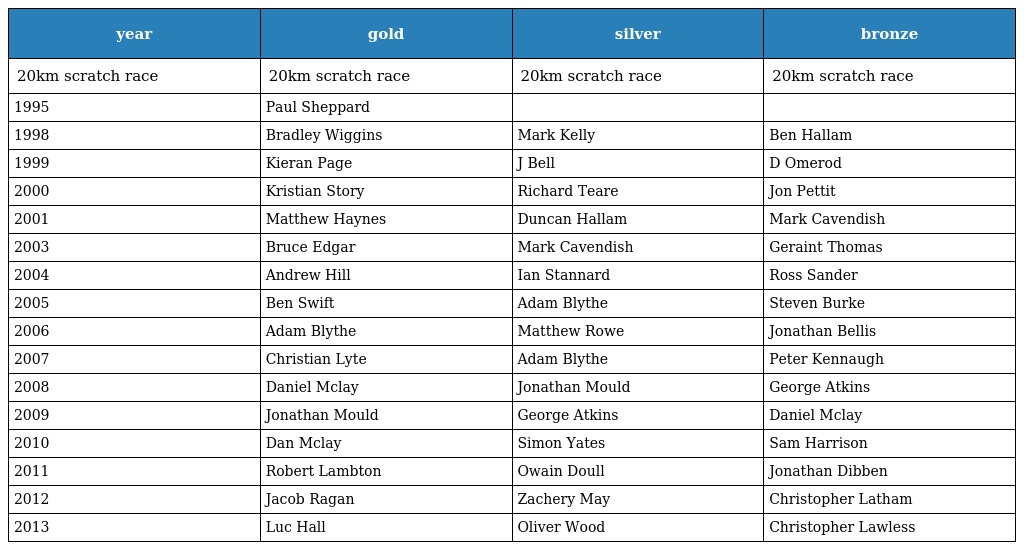
| year | gold | silver | bronze |
 | --- | --- | --- | --- |
 | 20km scratch race | 20km scratch race | 20km scratch race | 20km scratch race |
 | 1995 | Paul Sheppard |  |  |
 | 1998 | Bradley Wiggins | Mark Kelly | Ben Hallam |
 | 1999 | Kieran Page | J Bell | D Omerod |
 | 2000 | Kristian Story | Richard Teare | Jon Pettit |
 | 2001 | Matthew Haynes | Duncan Hallam | Mark Cavendish |
 | 2003 | Bruce Edgar | Mark Cavendish | Geraint Thomas |
 | 2004 | Andrew Hill | Ian Stannard | Ross Sander |
 | 2005 | Ben Swift | Adam Blythe | Steven Burke |
 | 2006 | Adam Blythe | Matthew Rowe | Jonathan Bellis |
 | 2007 | Christian Lyte | Adam Blythe | Peter Kennaugh |
 | 2008 | Daniel Mclay | Jonathan Mould | George Atkins |
 | 2009 | Jonathan Mould | George Atkins | Daniel Mclay |
 | 2010 | Dan Mclay | Simon Yates | Sam Harrison |
 | 2011 | Robert Lambton | Owain Doull | Jonathan Dibben |
 | 2012 | Jacob Ragan | Zachery May | Christopher Latham |
 | 2013 | Luc Hall | Oliver Wood | Christopher Lawless |